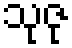
သုဇု